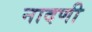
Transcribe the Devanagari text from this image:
नादणी